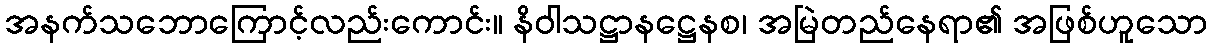
အနက်သဘောကြောင့်လည်းကောင်း။ နိဝါသဋ္ဌာနဋ္ဌေနစ၊ အမြဲတည်နေရာ၏ အဖြစ်ဟူသော